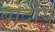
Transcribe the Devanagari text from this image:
बोर्दीयू